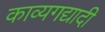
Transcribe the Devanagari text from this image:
काव्यगद्यादी